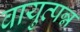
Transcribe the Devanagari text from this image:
वायुत्पन्न